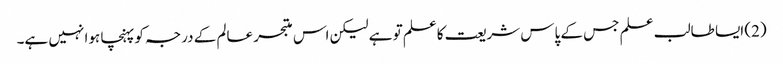
(2) ایسا طالب علم جس کے پاس شریعت کاعلم تو ہے لیکن اس متبحر عالم کے درجہ کو پہنچا ہوا نہیں ہے۔